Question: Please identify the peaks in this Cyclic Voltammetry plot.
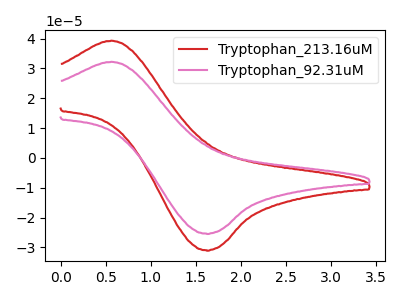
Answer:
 <answer>The red curve "Tryptophan_213.16uM" has an anodic peak at (0.55V, 39.30uA) and a cathodic peak at (1.60V, -30.95uA). The pink curve "Tryptophan_92.31uM" has an anodic peak at (0.55V, 32.25uA) and a cathodic peak at (1.60V, -25.35uA).</answer>
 <eval></eval>